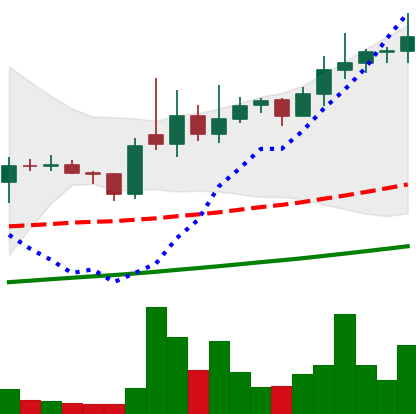
Ticker: XLM-USD
Chart end date: 2021-02-10
Forward return: 19.723%
Label: up_7plus